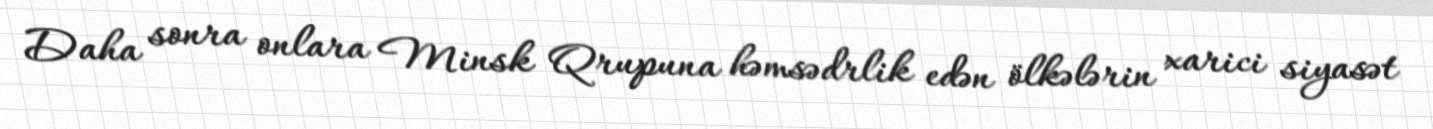
Daha sonra onlara Minsk Qrupuna həmsədrlik edən ölkələrin xarici siyasət